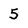
Character: 5